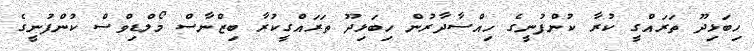
ހިބަޅިދޫ ތަރައްގީ ކުރާ ކުންފުނީގެ ހިއްސާދާރުން ހިބަޅިދޫ ތަރައްގީކުރާ ބިޒްނާސް މޯލްޑިވްސް ކުންފުނީގެ